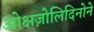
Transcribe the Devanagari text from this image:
ओक्षज़ोलिदिनोने